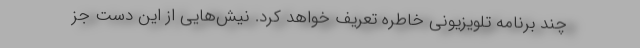
چند برنامه تلویزیونی خاطره تعریف خواهد کرد. نیش‌هایی از این دست جز